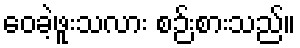
ဝေခဲ့ဖူးသလား စဉ်းစားသည်။